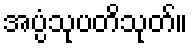
အပ္ပံသုပတိသုတ်။